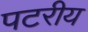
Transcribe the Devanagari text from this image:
पटरीय